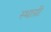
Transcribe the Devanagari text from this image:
स्थाय़ी